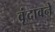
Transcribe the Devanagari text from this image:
वृंदावने